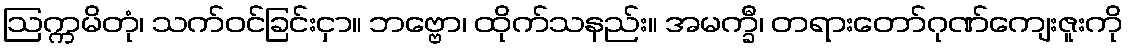
ဩက္ကမိတုံ၊ သက်ဝင်ခြင်းငှာ။ ဘဗ္ဗော၊ ထိုက်သနည်း။ အမက္ခီ၊ တရားတော်ဂုဏ်ကျေးဇူးကို